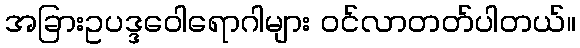
အခြားဥပဒ္ဒဝေါရောဂါများ ဝင်လာတတ်ပါတယ်။